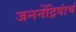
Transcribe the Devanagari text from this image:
जननेंद्रियांचं